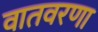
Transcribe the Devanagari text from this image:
वातवरणा